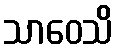
သာဝေသိ